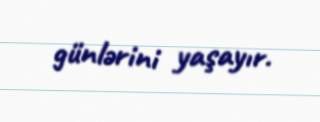
günlərini yaşayır.